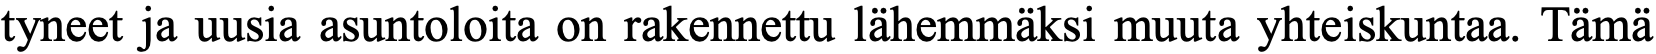
tyneet ja uusia asuntoloita on rakennettu lähemmäksi muuta yhteiskuntaa. Tämä